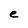
Character: e